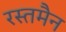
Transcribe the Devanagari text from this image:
रस्तमैन